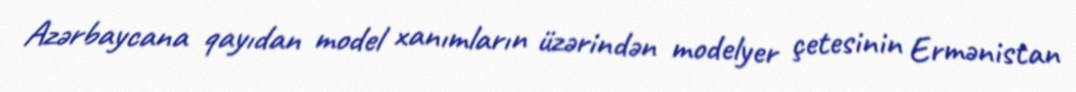
Azərbaycana qayıdan model xanımların üzərindən modelyer çetesinin Ermənistan